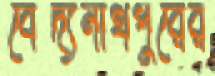
বৈদ্যনাথপুরের